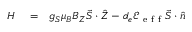
\begin{array} { r l r } { H } & { { } = } & { g _ { S } \mu _ { B } B _ { Z } \vec { S } \cdot \hat { Z } - d _ { e } \mathcal { E } _ { \mathrm { ~ e ~ f ~ f ~ } } \vec { S } \cdot \hat { n } } \end{array}